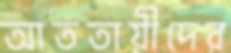
আততায়ীদের